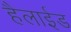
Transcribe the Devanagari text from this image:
हैलाईड